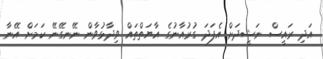
އަދި ރައީސް ނަޝީދަށް އެފަދަ ގުރުއާނުގެ އާޔަތްތައް ވިދާޅުވާން ނޭނގޭނޭ ކަމަށް އޭނާ